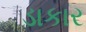
ડાકાર